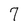
Character: 7